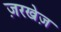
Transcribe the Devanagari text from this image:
ज़रखेज़